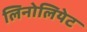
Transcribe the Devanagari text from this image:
लिनोलियेट